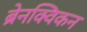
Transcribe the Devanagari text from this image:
ब्रेनक्विकन